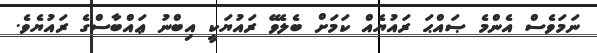
ނަމަވެސް އެންމެ ޞައްޙަ ރައުޔެއް ކަމަށް ބެލެވޭ ރައުޔަކީ އިބްނު ޢައްބާސްގެ ރައުޔެވެ.